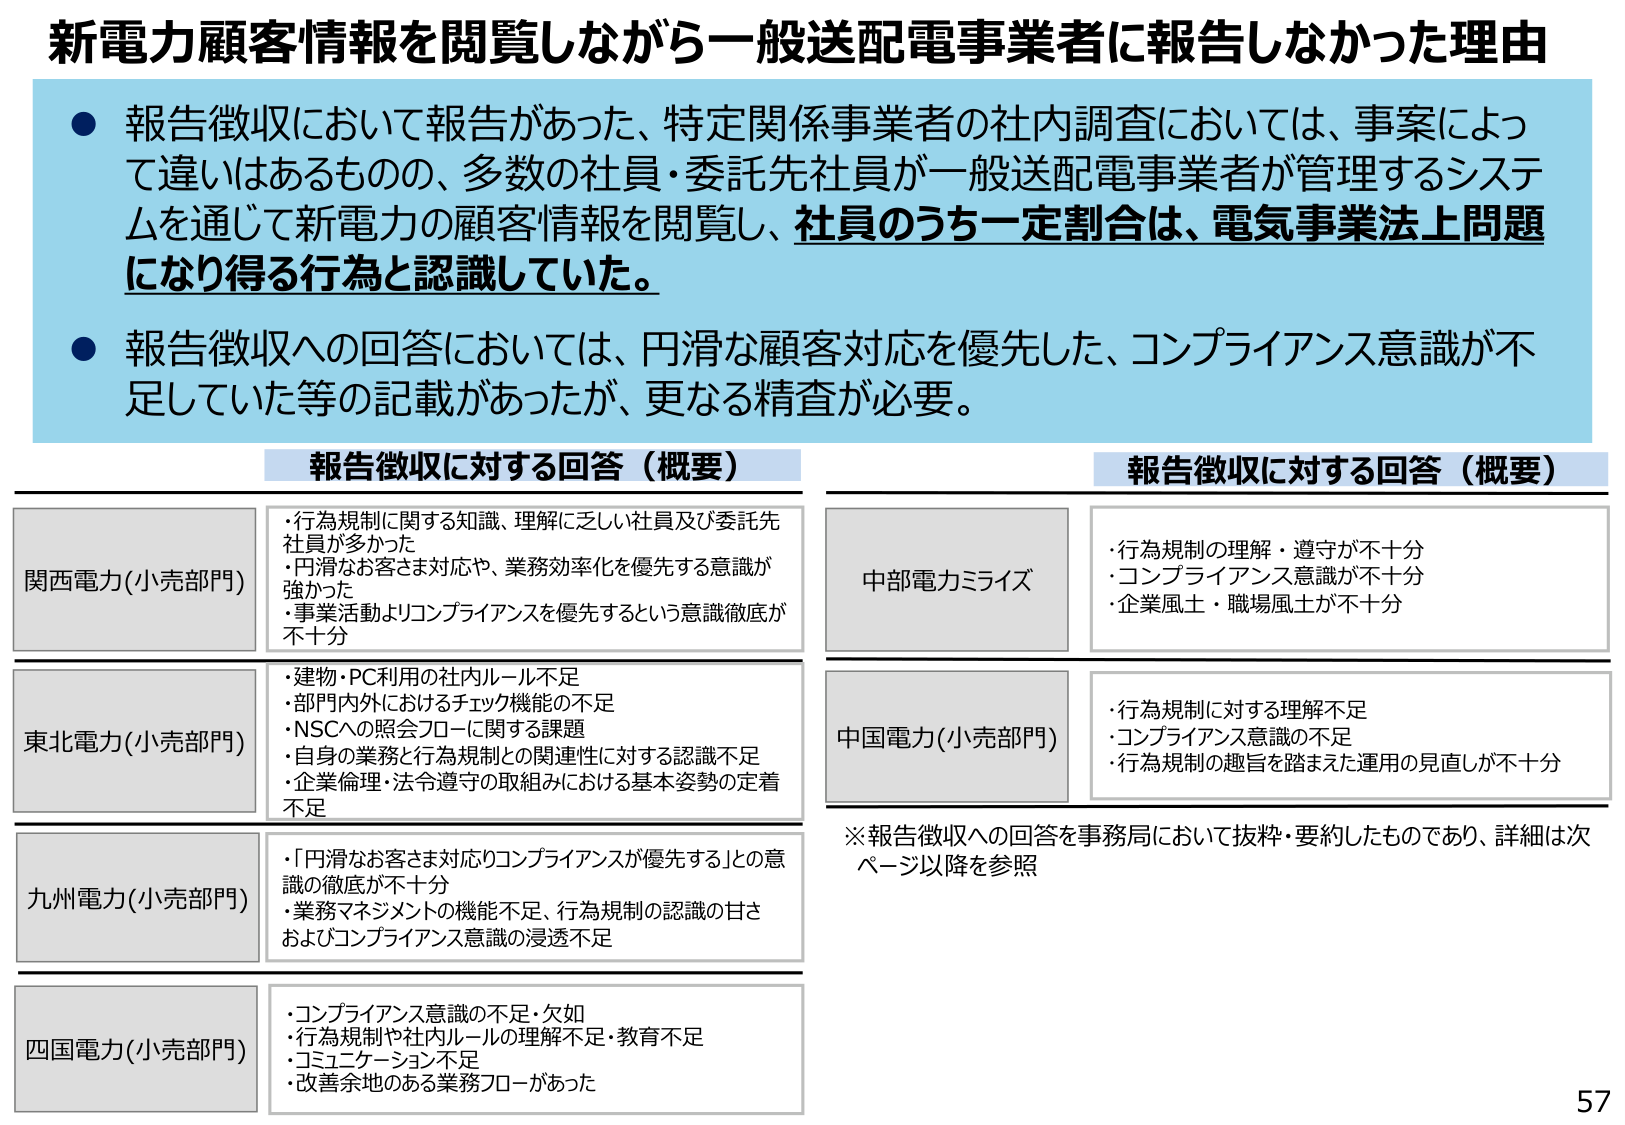
新電力顧客情報を閲覧しながら一般送配電事業者に報告しなかった理由

● 報告徴収において報告があった、特定関係事業者の社内調査においては、事案によって違いはあるものの、多数の社員・委託先社員が一般送配電事業者が管理するシステムを通じて新電力の顧客情報を閲覧し、社員のうち一定割合は、電気事業法上問題になり得る行為と認識していた。

● 報告徴収への回答においては、円滑な顧客対応を優先した、コンプライアンス意識が不足していた等の記載があったが、更なる精査が必要。

報告徴収に対する回答（概要）

関西電力(小売部門)
・行為規制に関する知識、理解に乏しい社員及び委託先社員が多かった
・円滑なお客さま対応や、業務効率化を優先する意識が強かった
・事業活動よりコンプライアンスを優先するという意識徹底が不十分

東北電力(小売部門)
・建物・PC利用の社内ルール不足
・部門内外におけるチェック機能の不足
・NSCへの照会フローに関する課題
・自身の業務と行為規制との関連性に対する認識不足
・企業倫理・法令遵守の取組みにおける基本姿勢の定着不足

九州電力(小売部門)
・「円滑なお客さま対応リコンプライアンスが優先する」との意識の徹底が不十分
・業務マネジメントの機能不足、行為規制の認識の甘さおよびコンプライアンス意識の浸透不足

四国電力(小売部門)
・コンプライアンス意識の不足・欠如
・行為規制や社内ルールの理解不足・教育不足
・コミュニケーション不足
・改善余地のある業務フローがあった

報告徴収に対する回答（概要）

中部電力ミライズ
・行為規制の理解・遵守が不十分
・コンプライアンス意識が不十分
・企業風土・職場風土が不十分

中国電力(小売部門)
・行為規制に対する理解不足
・コンプライアンス意識の不足
・行為規制の趣旨を踏まえた運用の見直しが不十分

※報告徴収への回答を事務局において抜粋・要約したものであり、詳細は次ページ以降を参照

57